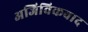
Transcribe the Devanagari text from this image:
अजिविकवाद